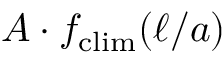
A \cdot f _ { \mathrm { c l i m } } ( \ell / a )